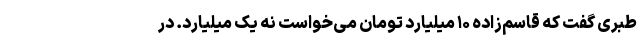
طبری گفت که قاسم‌زاده ۱۰ میلیارد تومان می‌خواست نه یک میلیارد. در